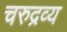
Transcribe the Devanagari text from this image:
चरुद्रव्य